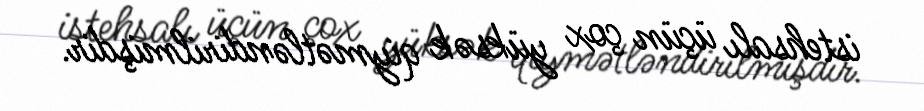
istehsalı üçün çox yüksək qiymətləndirilmişdir.